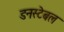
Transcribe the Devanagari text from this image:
डनस्टेबल